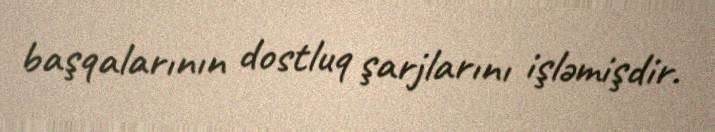
başqalarının dostluq şarjlarını işləmişdir.